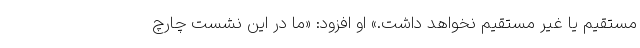
مستقیم یا غیر مستقیم نخواهد داشت.» او افزود: «ما در این نشست چارچ